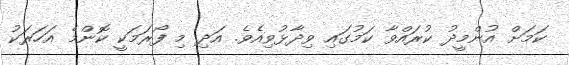
ކަމަށް އުންމީދު ކުރައްވާ ކަމުގައި ވިދާޅުވިއެވެ. އަދި މި ފޯރަމަކީ ކޮންމެ އަހަރަކު